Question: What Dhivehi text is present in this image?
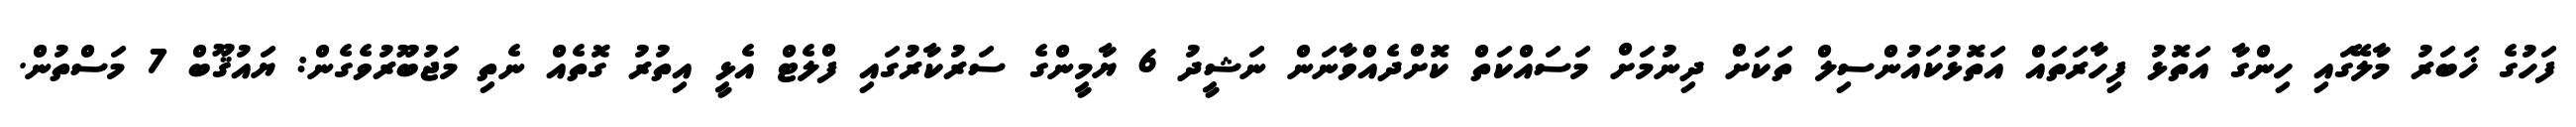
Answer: ފަހުގެ ޚަބަރު މާލޭގައި ހިންގާ އަތޮޅު ފިހާރަތައް އަތޮޅުކައުންސިލް ތަކަށް ދިނުމަށް މަސައްކަތް ކޮށްދެއްވާނަން ނަޝީދު 6 ޔާމީންގެ ސަރުކާރުގައި ފްލެޓް އެޅީ އިތުރު ގޮތެއް ނެތި މަޖުބޫރުވެގެން: ޔައުޤޫބް 7 މަސްތުން.